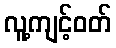
လူ့ကျင့်ဝတ်